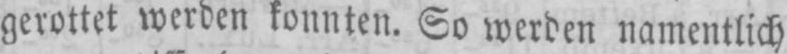
gerottet werden konnten. So werden namentlich